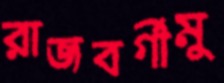
রাজবর্গীমু